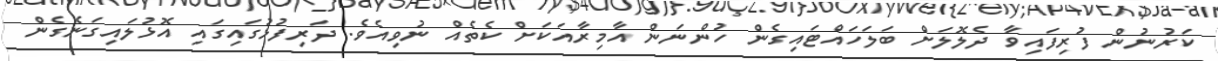
ކަރުނުން ފުރިފައިވާ ދެލޮލަށް ބަލަހައްޓައިގެން ހުންނަން އާމިރާއަކަށް ކެތެއް ނުވިއެވެ. ދަރިފުޅުގައިގައި އޮޅުލައިގަނެގެން